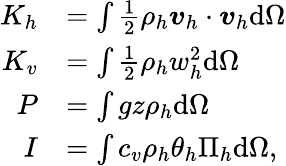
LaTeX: \begin{array}{rl}{K_{h}}&{=\int\frac{1}{2}\rho_{h}\boldsymbol{v}_{h}\cdot\boldsymbol{v}_{h}\mathrm{d}\Omega}\\ {K_{v}}&{=\int\frac{1}{2}\rho_{h}w_{h}^{2}\mathrm{d}\Omega}\\ {P}&{=\int gz\rho_{h}\mathrm{d}\Omega}\\ {I}&{=\int c_{v}\rho_{h}\theta_{h}\Pi_{h}\mathrm{d}\Omega,}\end{array}